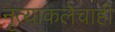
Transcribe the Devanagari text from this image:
नृत्याकलेचाही